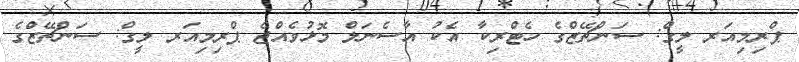
ޕްރިމިއަރ ލީގް: ސަންޗޭޒްގެ ހެޓްރިކާ އެކު އާސެނަލް މޮޅުވެއްޖެ ޕްރިމިއަރ ލީގް: ސަންޗޭޒްގެ